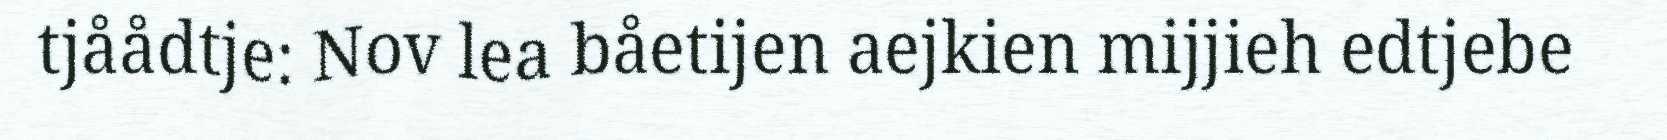
tjåådtje: Nov lea båetijen aejkien mijjieh edtjebe